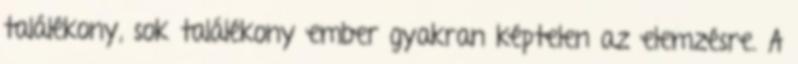
találékony, sok találékony ember gyakran képtelen az elemzésre. A